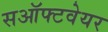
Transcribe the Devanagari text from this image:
सऑफ्टवेयर